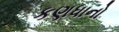
કણધાનો